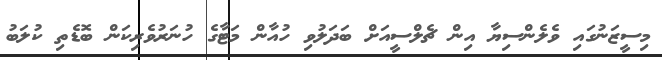
މިސީޒަނުގައި ވެލެންސިޔާ އިން ޗެލްސީއަށް ބަދަލުވި ހުއާން މަޓާގެ ހުނަރުވެރިކަން ބޮޑެތި ކުލަބު